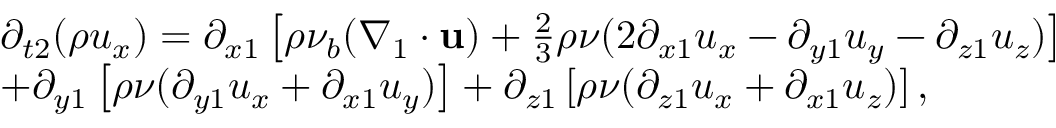
\begin{array} { l } { { \partial _ { t 2 } } ( \rho { u _ { x } } ) = { \partial _ { x 1 } } \left[ { \rho { \nu _ { b } } ( { \nabla _ { 1 } } \cdot { \bf { u } } ) + \frac { 2 } { 3 } \rho \nu ( 2 { \partial _ { x 1 } } { u _ { x } } - { \partial _ { y 1 } } { u _ { y } } - { \partial _ { z 1 } } { u _ { z } } ) } \right] } \\ { + { \partial _ { y 1 } } \left[ { \rho \nu ( { \partial _ { y 1 } } { u _ { x } } + { \partial _ { x 1 } } { u _ { y } } ) } \right] + { \partial _ { z 1 } } \left[ { \rho \nu ( { \partial _ { z 1 } } { u _ { x } } + { \partial _ { x 1 } } { u _ { z } } ) } \right] , } \end{array}